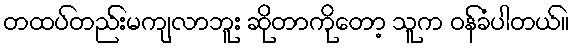
တထပ်တည်းမကျလာဘူး ဆိုတာကိုတော့ သူက ဝန်ခံပါတယ်။